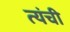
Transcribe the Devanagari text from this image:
त्यंची